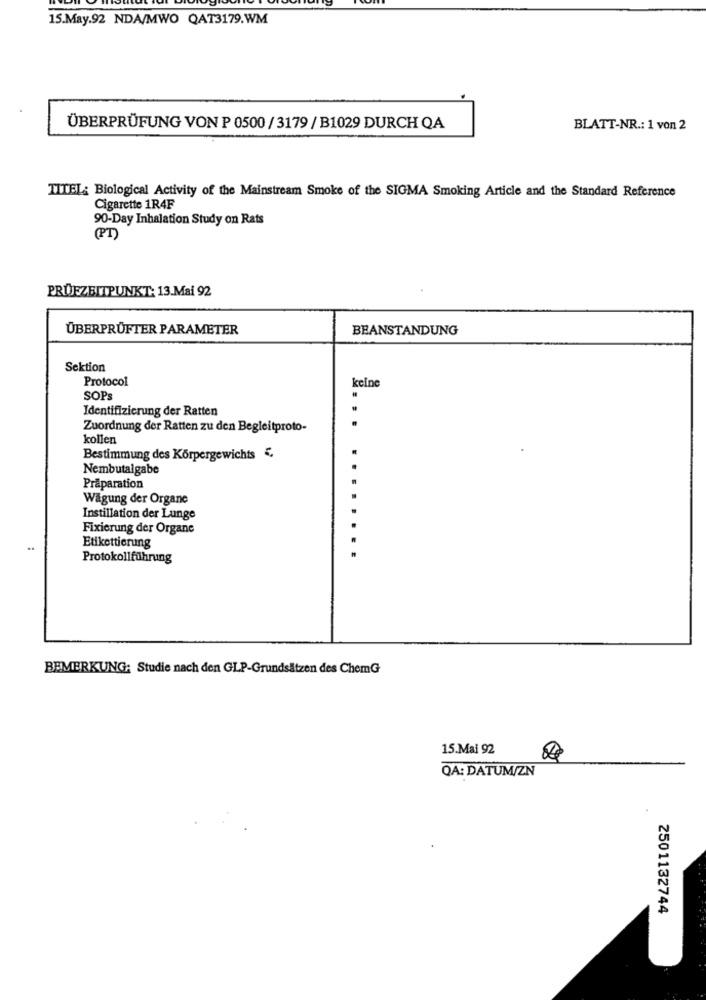
15.May.92 NDA/MWO QAT3179.WM
ÜBERPRÜFUNG VON P 0500 / 3179 / B1029 DURCH QA
BLATT-NR .: 1 von 2
TITEL: Biological Activity of the Mainstream Smoke of the SIGMA Smoking Article and the Standard Reference
Cigarette 1R4F
90-Day Inhalation Study on Rats
(PT)
PRUEZEITPUNKT: 13.Mai 92
ÜBERPRÜFTER PARAMETER
BEANSTANDUNG
Sektion
Protocol
keine
SOPs
.
Identifizierung der Ratten
Zuordnung der Ratten zu den Begleitproto-
kollen
Bestimmung des Körpergewichts €,
Nembutalgabe
Praparation
Wagung der Organe
Instillation der Lunge
Fixierung der Organe
.......
..
Etikettierung
Protokollführung
BEMERKUNG; Studie nach den GLP-Grundsätzen des ChemG
15.Mai 92
QA: DATUM/ZN
2501132744